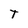
Character: t